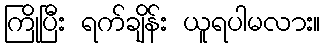
ကြိုပြီး ရက်ချိန်း ယူရပါမလား။